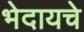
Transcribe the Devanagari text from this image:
भेदायचे